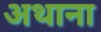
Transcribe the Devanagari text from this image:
अथाना